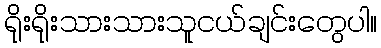
ရိုးရိုးသားသားသူငယ်ချင်းတွေပါ။